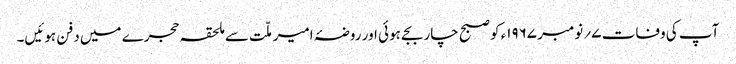
آپ کی وفات ۷؍ نومبر ۱۹۶۷ء کو صبح چار بجے ہوئی اور روضۂ امیر ملّت سے ملحقہ حجرے میں دفن ہوئیں۔